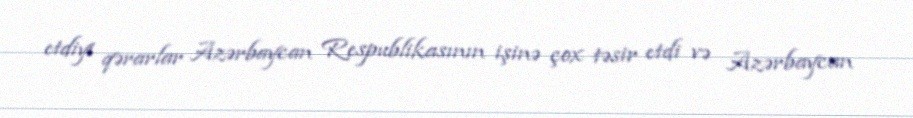
etdiyi qərarlar Azərbaycan Respublikasının işinə çox təsir etdi və Azərbaycan